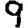
Digit: 9